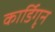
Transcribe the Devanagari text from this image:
कार्डिगृन